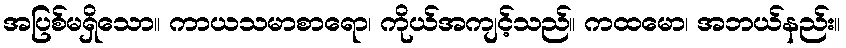
အပြစ်မရှိသော။ ကာယသမာစာရော၊ ကိုယ်အကျင့်သည်။ ကထမော၊ အဘယ်နည်း။